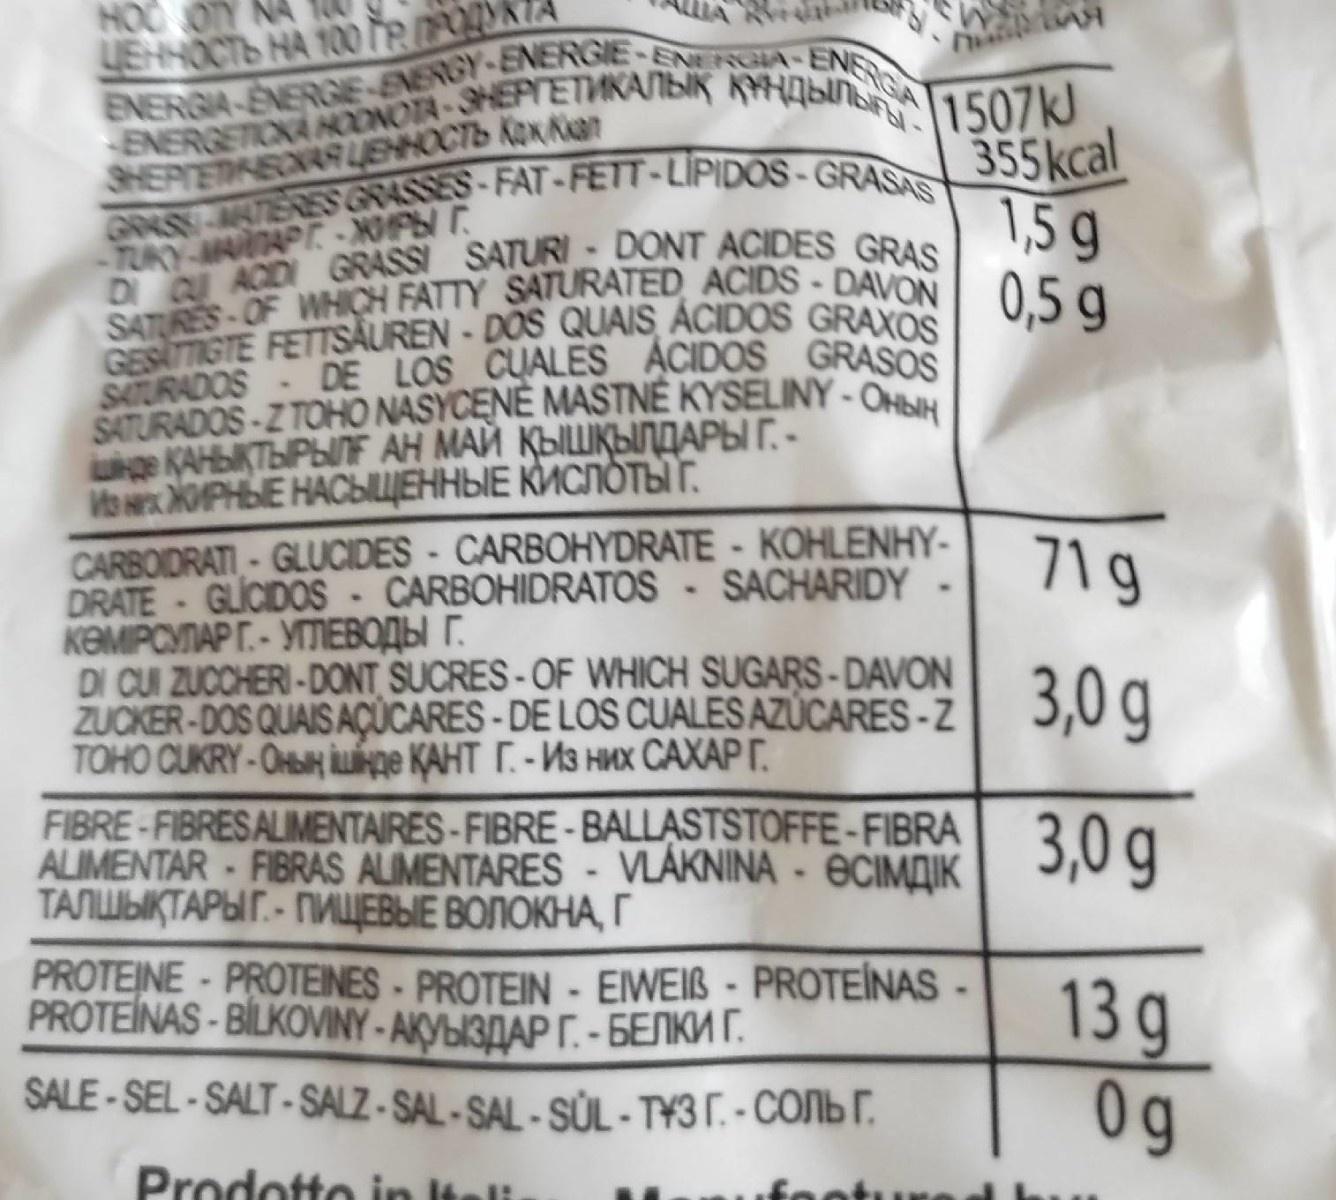
UEHHOCTO HA 10RDOYKTA ENERGIA-ENERGIE-ENERGY-ENERGIE-ENERGIA-ENSIGA
HOO OTY
1507KJ 355kcal
ENERGETIOKA NOONOTA-SHEPTETWKANBIK KYHABn
SHEPTETINEOAR UENNOCTS KOxKan
GRASS ANTERESGRASSES-FAT-FETT-LIPIDOS - GRASAS
1,5 g
D Q ACDI GRASSI SATURI- DONT ACIDES_GRAS SATURES-OF WHICH FATTY SATURATED ACIDS -DAVON
TUKY MATAPT - NOPT
0,5 g
GESATTIGTE FETTSAUREN - DOS QUAIS ÁCIDOS GRAXOS SATURADOS DE LOS CUALES ACIDOS GRASOS SATURADOS-Z TOHO NASYCENÉ MASTNÉ KYSELINY - OHblH|
ge KAНЫКТЫРЫF АН МАЙ ҚЫШҚЫЛДАРЫ Г. - Им ЖИРНЫЕ НАСЫЩЕННЫЕ КИСЛОтыт. CARBOIDRATI-GLUCIDES- CARBOHYDRATE - KOHLENHY- DRATE GLICIDOS - CARBOHIDRATOS - SACHARIDY - KOMPOYTAP T.- YIMEBQABI r. DI CUI ZUCCHERI- DONT SUCRES-OF WHICH SUGARS-DAVON ZUCKER-DOS QUAIS AÇÜCARES-DE LOS CUALES AZÚCARES -Z ТОно OUKRY-Oныншнде ҚАНТ Г.-Из них САХАР Г.
71 g
3,0 g
FIBRE-FIBRESALIMENTAIRES-FIBRE- BALLASTSTOFFE-FIBRA ALIMENTAR -FIBRAS ALIMENTARES- VLAKNINA - ECIMAIK ТАЛШЫҚТАРЫГ. - ПИЩЕВЫЕ ВОЛОКНА, Г
3,0 g
PROTEINE-PROTEINES-PROTEIN - EIWEIB - PROTEINAS - PROTEINAS - BİLKOVINY - AKYBI3DAP I. - 5ENKM T.
13 g 0g
SALE-SEL-SALT-SALZ - SAL -SAL - SŮL - T¥3T. -CObT.
Prodotto in Itel